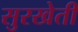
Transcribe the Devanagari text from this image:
सुरखेती